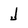
Character: J